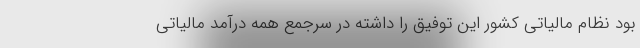
بود نظام مالیاتی کشور این توفیق را داشته در سرجمع همه درآمد مالیاتی